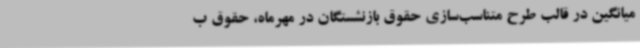
میانگین در قالب طرح متناسب‌سازی حقوق بازنشستگان در مهرماه، حقوق ب